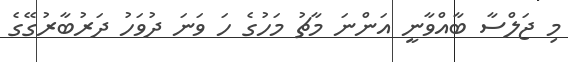
މި ޖަލްސާ ބާއްވާނީ އަންނަ މާޗު މަހުގެ ހަ ވަނަ ދުވަހު ދަރުބާރުގޭގެ